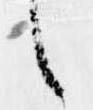
々